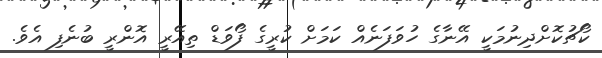
ކޯޗުކޮށްދިނުމަކީ އޭނާގެ ހުވަފަނެއް ކަމަށް ކުރީގެ ފޯވަޑް ތިއޭރީ އޮންރީ ބުނެފި އެވެ.